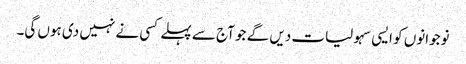
نوجوانوں کو ایسی سہولیات دیں گے جو آج سے پہلے کسی نے نہیں دی ہوں گی۔